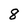
Character: 8